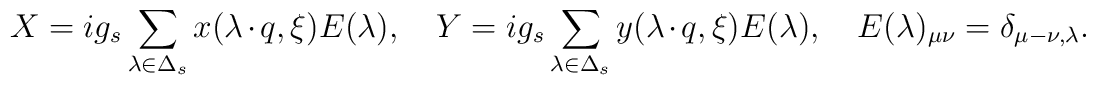
X=ig_s\sum_{\lambda\in\Delta_s}x(\lambda\cdot   q, \xi)E(\lambda),\quad   	Y=ig_s\sum_{\lambda\in\Delta_s}y(\lambda\cdot   q, \xi)E(\lambda),\quad   	E(\lambda)_{\mu \nu}=\delta_{\mu-\nu,\lambda}.